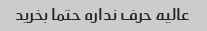
عالیه حرف نداره حتما بخرید